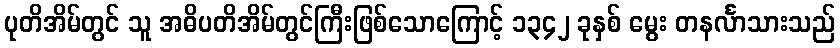
ပုတိအိမ်တွင် သူ အဓိပတိအိမ်တွင်ကြီးဖြစ်သောကြောင့် ၁၃၄၂ ခုနှစ် မွေး တနင်္လာသားသည်